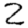
Digit: 2